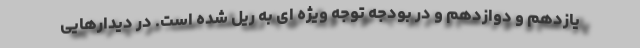
یازدهم و دوازدهم و در بودجه توجه ویژه ای به ریل شده است. در دیدارهایی